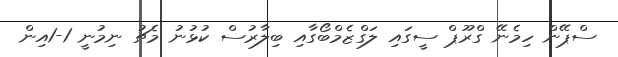
ސްޕޭން ހިމެނޭ ގްރޫޕް ސީގައި ލަގްޒެމްބޯގާއި ބިލާރުސް ކުޅުނު މެޗު ނިމުނީ 1-1އިން